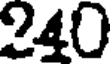
240